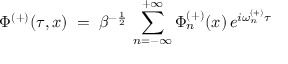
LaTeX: \Phi ^ { ( + ) } ( \tau , x ) \; = \; \beta ^ { - \frac { 1 } { 2 } } \, \sum _ { n = - \infty } ^ { + \infty } \Phi _ { n } ^ { ( + ) } ( x ) \, e ^ { i \omega _ { n } ^ { ( + ) } \tau }